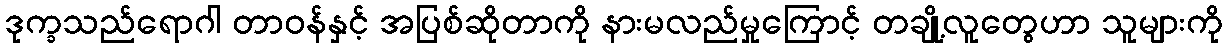
ဒုက္ခသည်ရောဂါ တာဝန်နှင့် အပြစ်ဆိုတာကို နားမလည်မှုကြောင့် တချို့လူတွေဟာ သူများကို